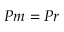
P m = P r